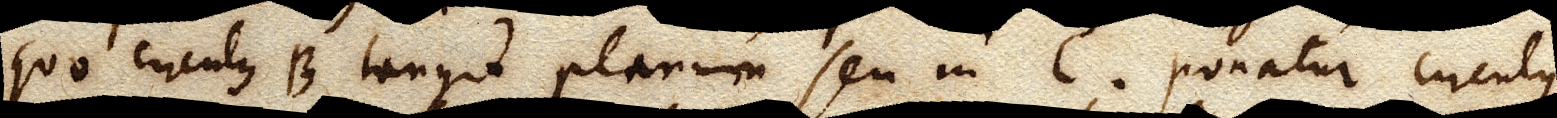
quo circulus B tangit planum seu in C. Ponatur circulus